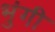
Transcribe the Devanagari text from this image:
भुंगी